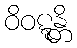
ဝိဝဋ္ဋန္တိ